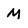
Character: M